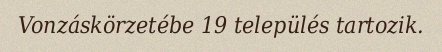
Vonzáskörzetébe 19 település tartozik.